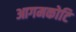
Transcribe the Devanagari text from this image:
आगमकोटि